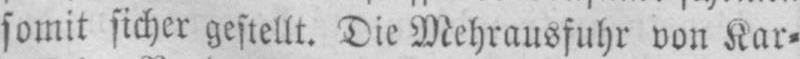
somit sicher gestellt. Die Mehrausfuhr von Kar⸗